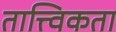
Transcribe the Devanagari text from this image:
तात्त्विकता